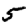
Digit: 5